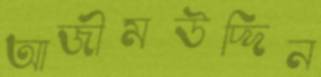
আজীমউদ্দিন